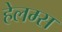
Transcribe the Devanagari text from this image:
हेलम्स